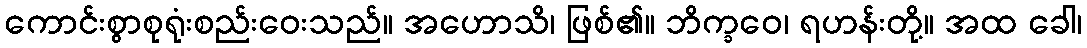
ကောင်းစွာစုရုံးစည်းဝေးသည်။ အဟောသိ၊ ဖြစ်၏။ ဘိက္ခဝေ၊ ရဟန်းတို့။ အထ ခေါ၊